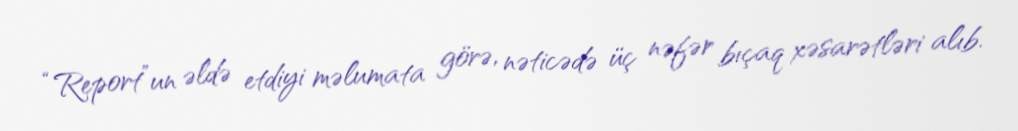
“Report”un əldə etdiyi məlumata görə, nəticədə üç nəfər bıçaq xəsarətləri alıb.